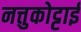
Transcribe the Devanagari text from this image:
नत्तुकोट्टाई